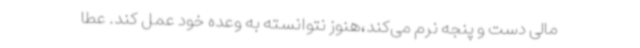
مالی دست و پنجه نرم می‌کند،هنوز نتوانسته به وعده خود عمل کند. عطا